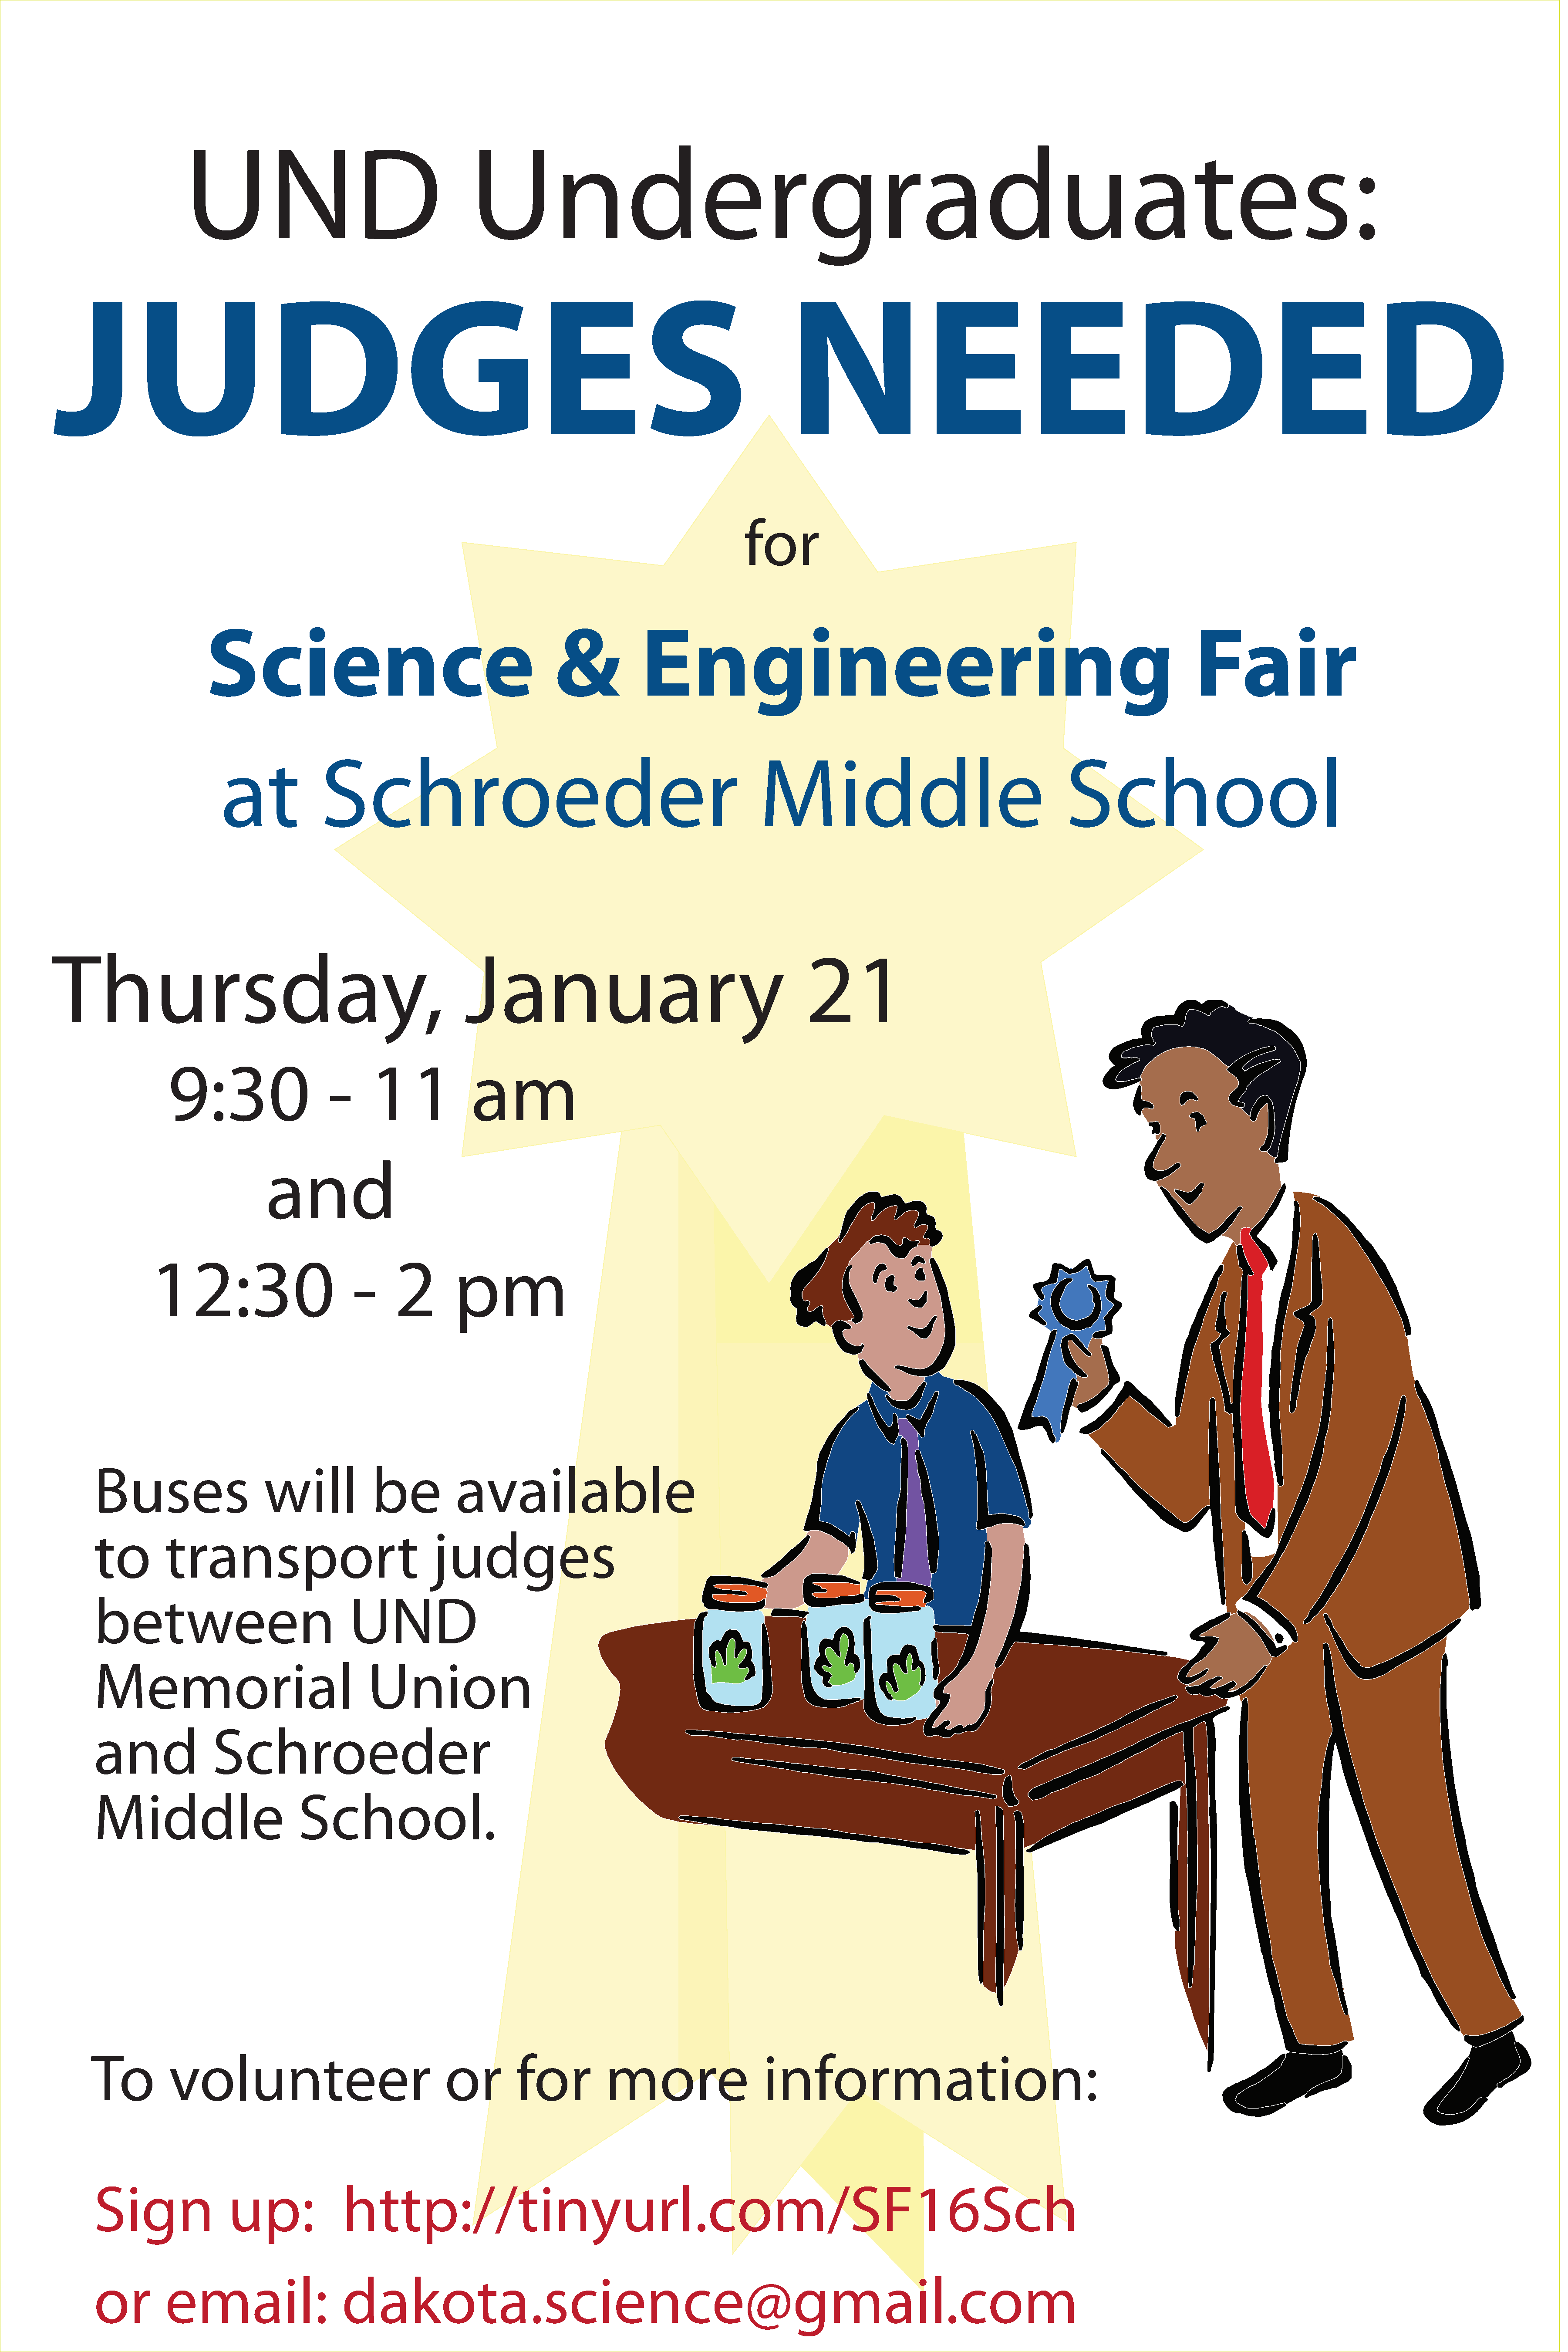
UND                                        Undergraduates:
 JUDGES                                                                                                          NEEDED
 for
 Science                                              &            Engineering                                                                          Fair
 at             Schroeder                                                         Middle                                         School
 Thursday,                                                      January                                             21
 9:30                     -     11              am
 and
 12:30                          -     2        pm
 Buses                     will             be          available
 to         transport                                judges
 between                                UND
 Memorial                                  Union
 and               Schroeder
 Middle                         School.
 To          volunteer                                 or        for           more                    information:
 Sign                 up:              http://tinyurl.com/SF16Sch
 or         email:                     dakota.science@gmail.com